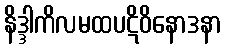
နိဒ္ဒါကိလမထပဋိဝိနောဒနာ